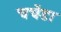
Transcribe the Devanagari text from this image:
चचेंडा